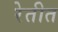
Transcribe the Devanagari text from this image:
रेतीत